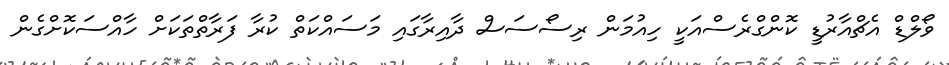
ވޯލްޑް އެޗްއާރުޑީ ކޮންގްރެސްއަކީ ހިއުމަން ރިސޯސަސް ދާއިރާގައި މަސައްކަތް ކުރާ ފަރާތްތަކަށް ހާއްސަކޮށްގެން